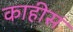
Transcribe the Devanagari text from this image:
काहीसं